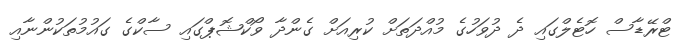
ޓްރޭޑާސް ހޮޓެލްގައި ދެ ދުވަހުގެ މުއްދަތަށް ކުރިއަށް ގެންދާ ވޯކްޝޮޕްގައި ސާކްގެ ގައުމުތަކުންނާއި